Scientific memoirs by medical officers of the Army of India - Part III,
Year: 1887
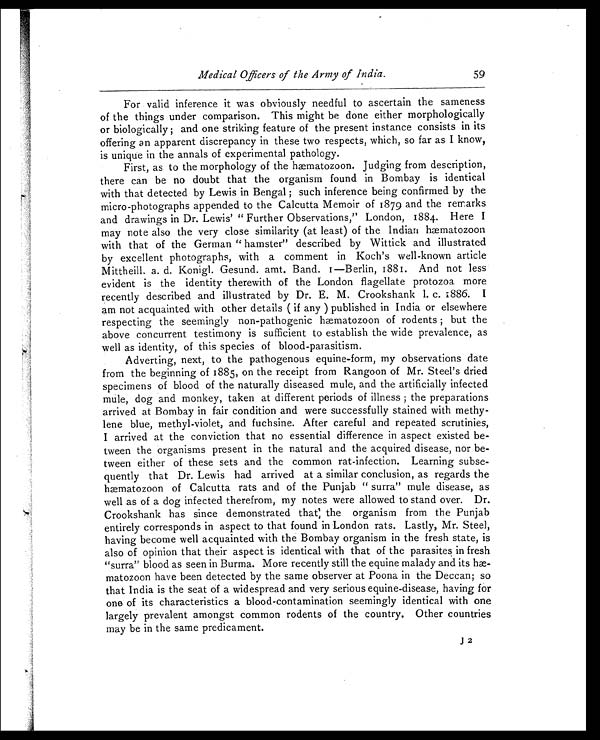
Medical Officers of the Army of India.
59
For valid inference it was obviously needful to ascertain the sameness
of the things under comparison. This might be done either morphologically
or biologically; and one striking feature of the present instance consists in its
offering an apparent discrepancy in these two respects, which, so far as I know,
is unique in the annals of experimental pathology.
First, as to the morphology of the hæmatozoon. Judging from description,
there can be no doubt that the organism found in Bombay is identical
with that detected by Lewis in Bengal; such inference being confirmed by the
micro-photographs appended to the Calcutta Memoir of 1879 and the remarks
and drawings in Dr. Lewis' "Further Observations," London, 1884. Here I
may note also the very close similarity (at least) of the Indian hæmatozoon
with that of the German "hamster" described by Wittick and illustrated
by excellent photographs, with a comment in Koch's well-known article
Mittheill. a. d. Konigl. Gesund. amt. Band. I—Berlin, 1881. And not less
evident is the identity therewith of the London flagellate protozoa more
recently described and illustrated by Dr. E. M. Crookshank 1. c. 1886. I
am not acquainted with other details ( if any ) published in India or elsewhere
respecting the seemingly non-pathogenic hæmatozoon of rodents; but the
above concurrent testimony is sufficient to establish the wide prevalence, as
well as identity, of this species of blood-parasitism.
Adverting, next, to the pathogenous equine-form, my observations date
from the beginning of 1885, on the receipt from Rangoon of Mr. Steel's dried
specimens of blood of the naturally diseased mule, and the artificially infected
mule, dog and monkey, taken at different periods of illness; the preparations
arrived at Bombay in fair condition and were successfully stained with methy-
lene blue, methyl-violet, and fuchsine. After careful and repeated scrutinies,
I arrived at the conviction that no essential difference in aspect existed be-
tween the organisms present in the natural and the acquired disease, nor be-
tween either of these sets and the common rat-infection. Learning subse-
quently that Dr. Lewis had arrived at a similar conclusion, as regards the
hæmatozoon of Calcutta rats and of the Punjab "surra" mule disease, as
well as of a dog infected therefrom, my notes were allowed to stand over. Dr.
Crookshank has since demonstrated that the organism from the Punjab
entirely corresponds in aspect to that found in London rats. Lastly, Mr. Steel,
having become well acquainted with the Bombay organism in the fresh state, is
also of opinion that their aspect is identical with that of the parasites in fresh
"surra" blood as seen in Burma. More recently still the equine malady and its hæ-
matozoon have been detected by the same observer at Poona in the Deccan; so
that India is the seat of a widespread and very serious equine-disease, having for
one of its characteristics a blood-contamination seemingly identical with one
largely prevalent amongst common rodents of the country. Other countries
may be in the same predicament.
J 2